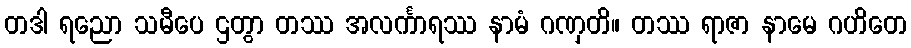
တဒါ ရညော သမီပေ ဌတွာ တဿ အလင်္ကာရဿ နာမံ ဂဏှတိ။ တဿ ရာဇာ နာမေ ဂဟိတေ